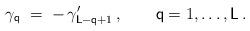
LaTeX: \begin{align*}\gamma_{\mathsf{q}}\;=\;-\,\gamma_{\mathsf{L}-\mathsf{q}+1}^{\prime}\,,\qquad\mathsf{q}=1,\dots,\mathsf{L}\,.\end{align*}